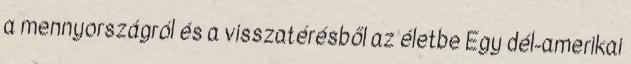
a mennyországról és a visszatérésből az életbe Egy dél-amerikai